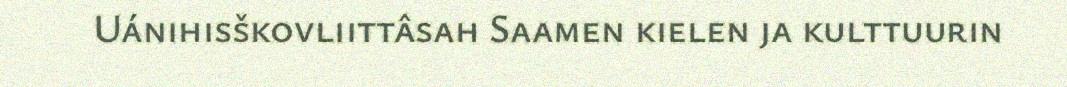
Uánihisškovliittâsah Saamen kielen ja kulttuurin